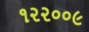
૧૨૨૦૦૯